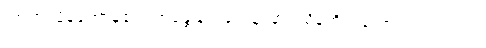
အာဟ၊ မိန့်တော်မူ၏။ ဘန္တေ နာဂသေန၊ နာဂသိန်ကိုယ်တော်အရှင်ဘုရား။